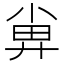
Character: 𡮁